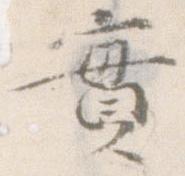
実